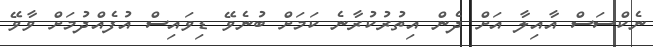
ނެކްސަސް އާއިލާ އަށް ދެން އިތުރުކުރާނެ ކަމަށް ބުނެވޭ ޑިވައިސް އުފެއްދުމަށް ވާވޭ